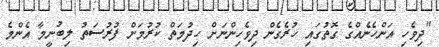
"ދިވެހި އަންހެނެއްގެ ގޮތުގައި ހުރެގެން ދިވެހިންނަށް ހިދުމަތް ކުރުމަށް ފުރުސަތު ލިބުނީމާ އެންމެ